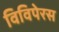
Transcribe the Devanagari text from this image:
विविपेरस